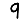
Digit: 9